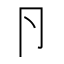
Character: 卪